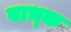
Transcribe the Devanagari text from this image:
बाध्‍क